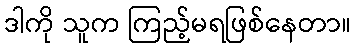
ဒါကို သူက ကြည့်မရဖြစ်နေတာ။